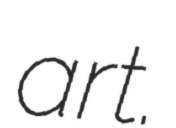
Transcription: art.